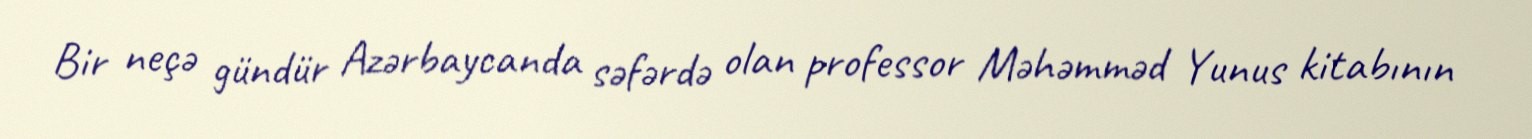
Bir neçə gündür Azərbaycanda səfərdə olan professor Məhəmməd Yunus kitabının